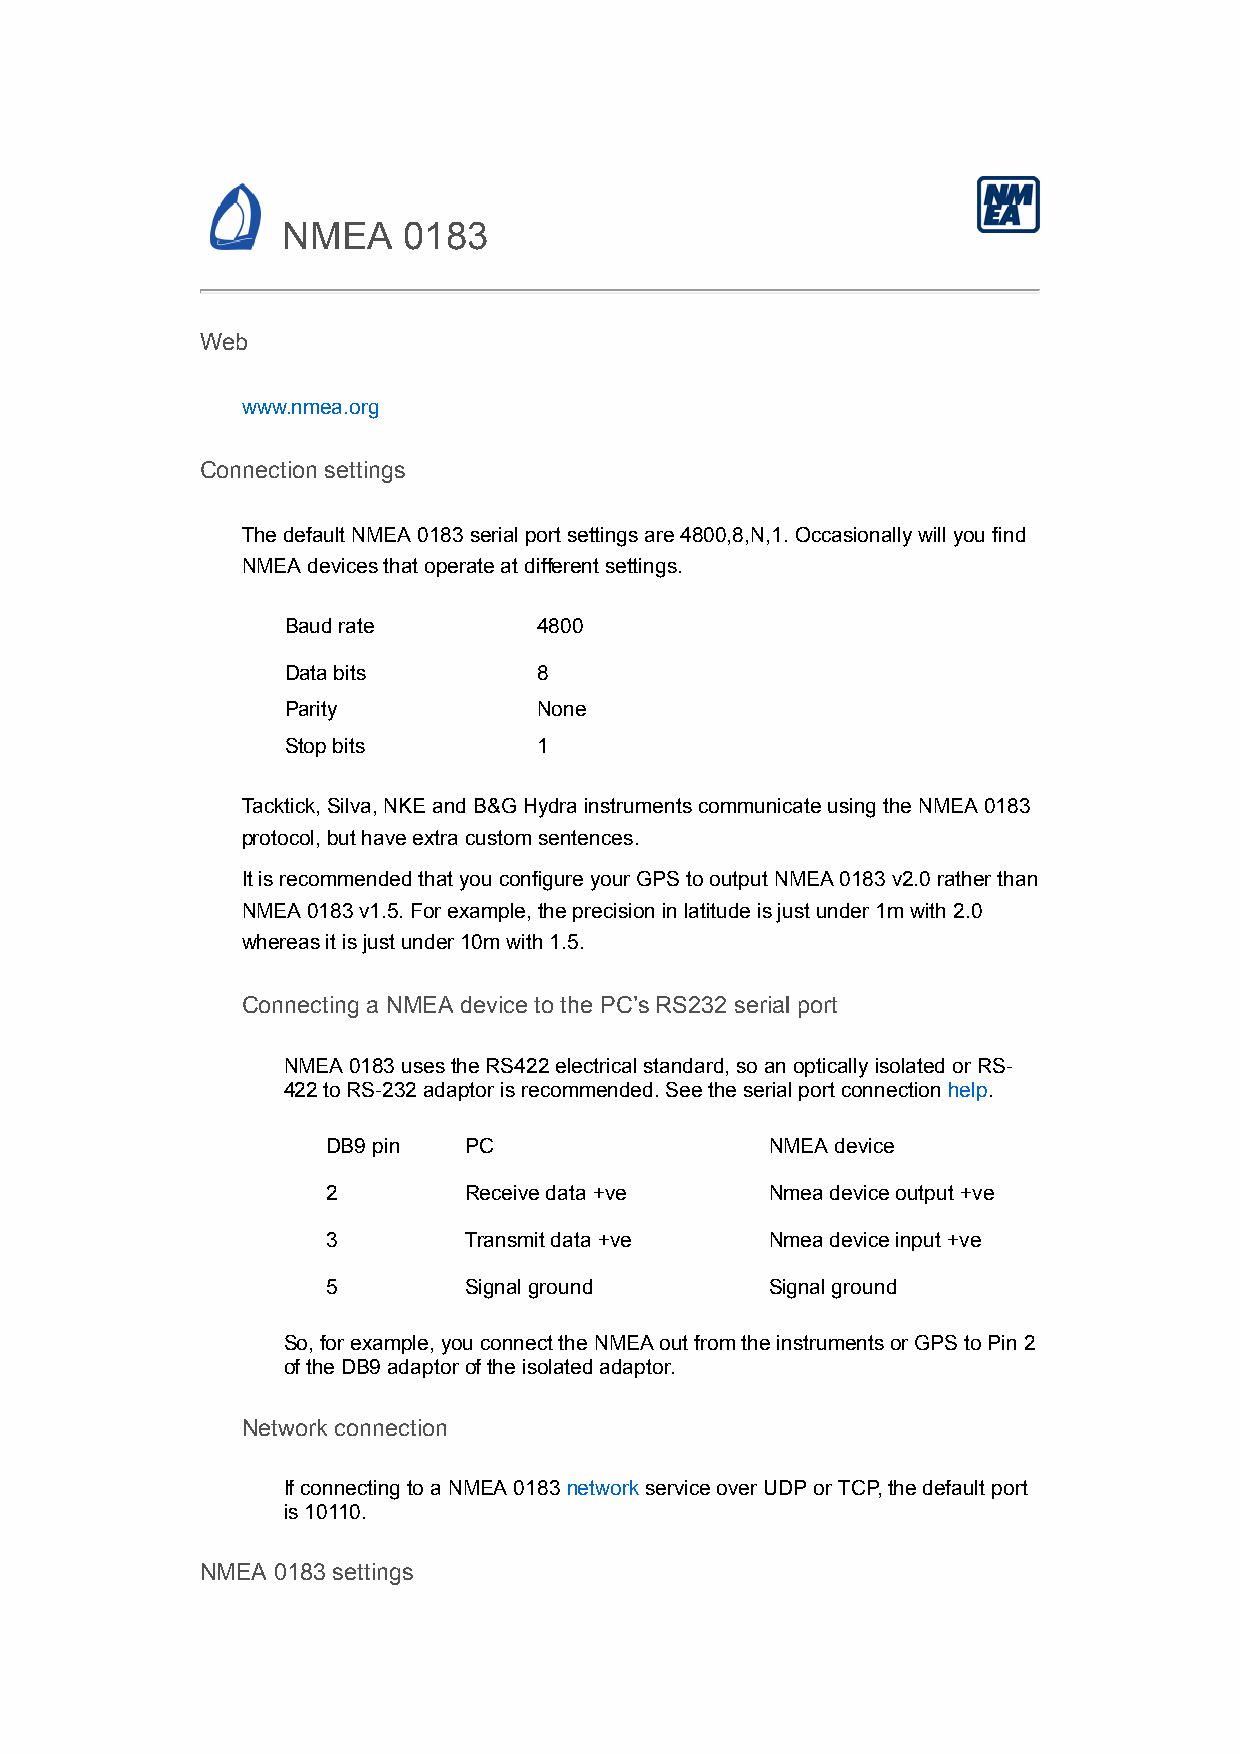
NMEA    0183
 Web
 www.nmea.org
 Connection settings
 The default NMEA 0183 serial port settings are 4800,8,N,1. Occasionally will you find
 NMEA devices that operate at different settings.
 Baud rate        4800
 Data bits        8
 Parity           None
 Stop bits        1
 Tacktick, Silva, NKE and B&G Hydra instruments communicate using the NMEA 0183
 protocol, but have extra custom sentences.
 It is recommended that you configure your GPS to output NMEA 0183 v2.0 rather than
 NMEA 0183 v1.5. For example, the precision in latitude is just under 1m with 2.0
 whereas it is just under 10m with 1.5.
 Connecting a NMEA device to the PC’s RS232 serial port
 NMEA 0183 uses the RS422 electrical standard, so an optically isolated or RS-
 422 to RS-232 adaptor is recommended. See the serial port connection help.
 DB9 pin  PC                  NMEA device
 2        Receive data +ve    Nmea device output +ve
 3        Transmit data +ve   Nmea device input +ve
 5        Signal ground       Signal ground
 So, for example, you connect the NMEA out from the instruments or GPS to Pin 2
 of the DB9 adaptor of the isolated adaptor.
 Network connection
 If connecting to a NMEA 0183 network service over UDP or TCP, the default port
 is 10110.
 NMEA 0183 settings